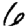
Digit: 6